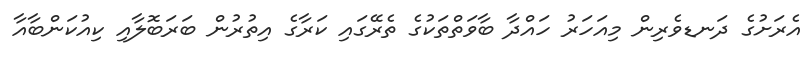
އެރަށުގެ ދަނޑވެރިން މިއަހަރު ހައްދާ ބާވަތްތަކުގެ ތެރޭގައި ކަރާގެ އިތުރުން ބަރަބޮލާއި ކިއުކަންބާއާ